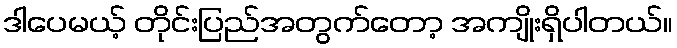
ဒါပေမယ့် တိုင်းပြည်အတွက်တော့ အကျိုးရှိပါတယ်။